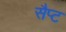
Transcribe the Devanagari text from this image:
सैप्ट